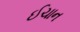
ઈચાન